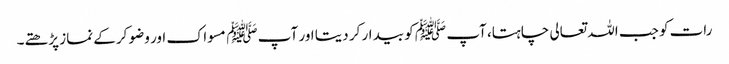
رات کو جب اللہ تعالی چاہتا، آپ ﷺ کو بیدار کر دیتا اور آپ ﷺ مسواک اور وضو کرکے نماز پڑھتے۔